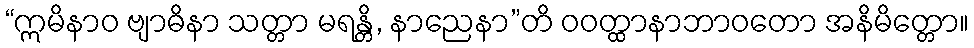
“ဣမိနာဝ ဗျာဓိနာ သတ္တာ မရန္တိ, နာညေနာ”တိ ဝဝတ္ထာနာဘာဝတော အနိမိတ္တော။